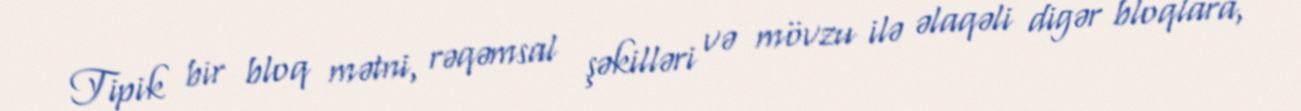
Tipik bir bloq mətni, rəqəmsal şəkilləri və mövzu ilə əlaqəli digər bloqlara,